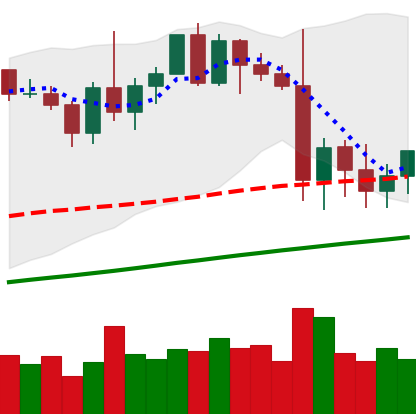
Ticker: XMR-USD
Chart end date: 2021-01-06
Forward return: 11.423%
Label: up_7plus